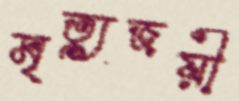
মৃত্যুজয়ী